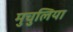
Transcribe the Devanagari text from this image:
मुचुलिया